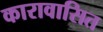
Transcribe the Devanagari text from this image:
कारावासित